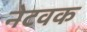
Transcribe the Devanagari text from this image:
नेटवक